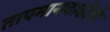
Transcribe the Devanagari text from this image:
तापमानवाढीचे